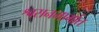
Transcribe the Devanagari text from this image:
श्वसनमार्गात